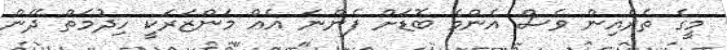
މީގެ ތެރެއިން ވެސް އެންމެ ބޮޑަށް ފެންނަ އެއް މަންޒަރަކީ ހިދުމަތް ދޭން